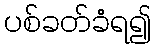
ပစ်ခတ်ခံရ၍